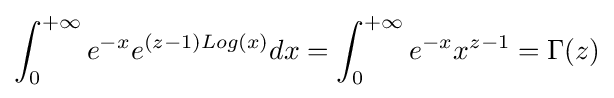
\int _{0}^{+\infty }e^{-x}e^{(z-1)Log(x)}dx=\int _{0}^{+\infty }e^{-x}x^{z-1}=\Gamma (z)